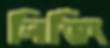
লিভিং